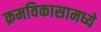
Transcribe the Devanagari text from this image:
क्रमविकासामध्ये